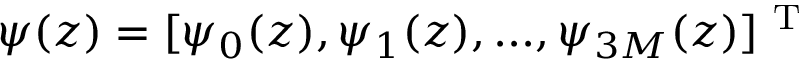
\boldsymbol { \psi } ( z ) = [ \psi _ { 0 } ( z ) , \psi _ { 1 } ( z ) , . . . , \psi _ { 3 M } ( z ) ] ^ { \mathrm { ~ T ~ } }